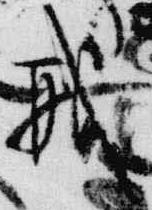
戒